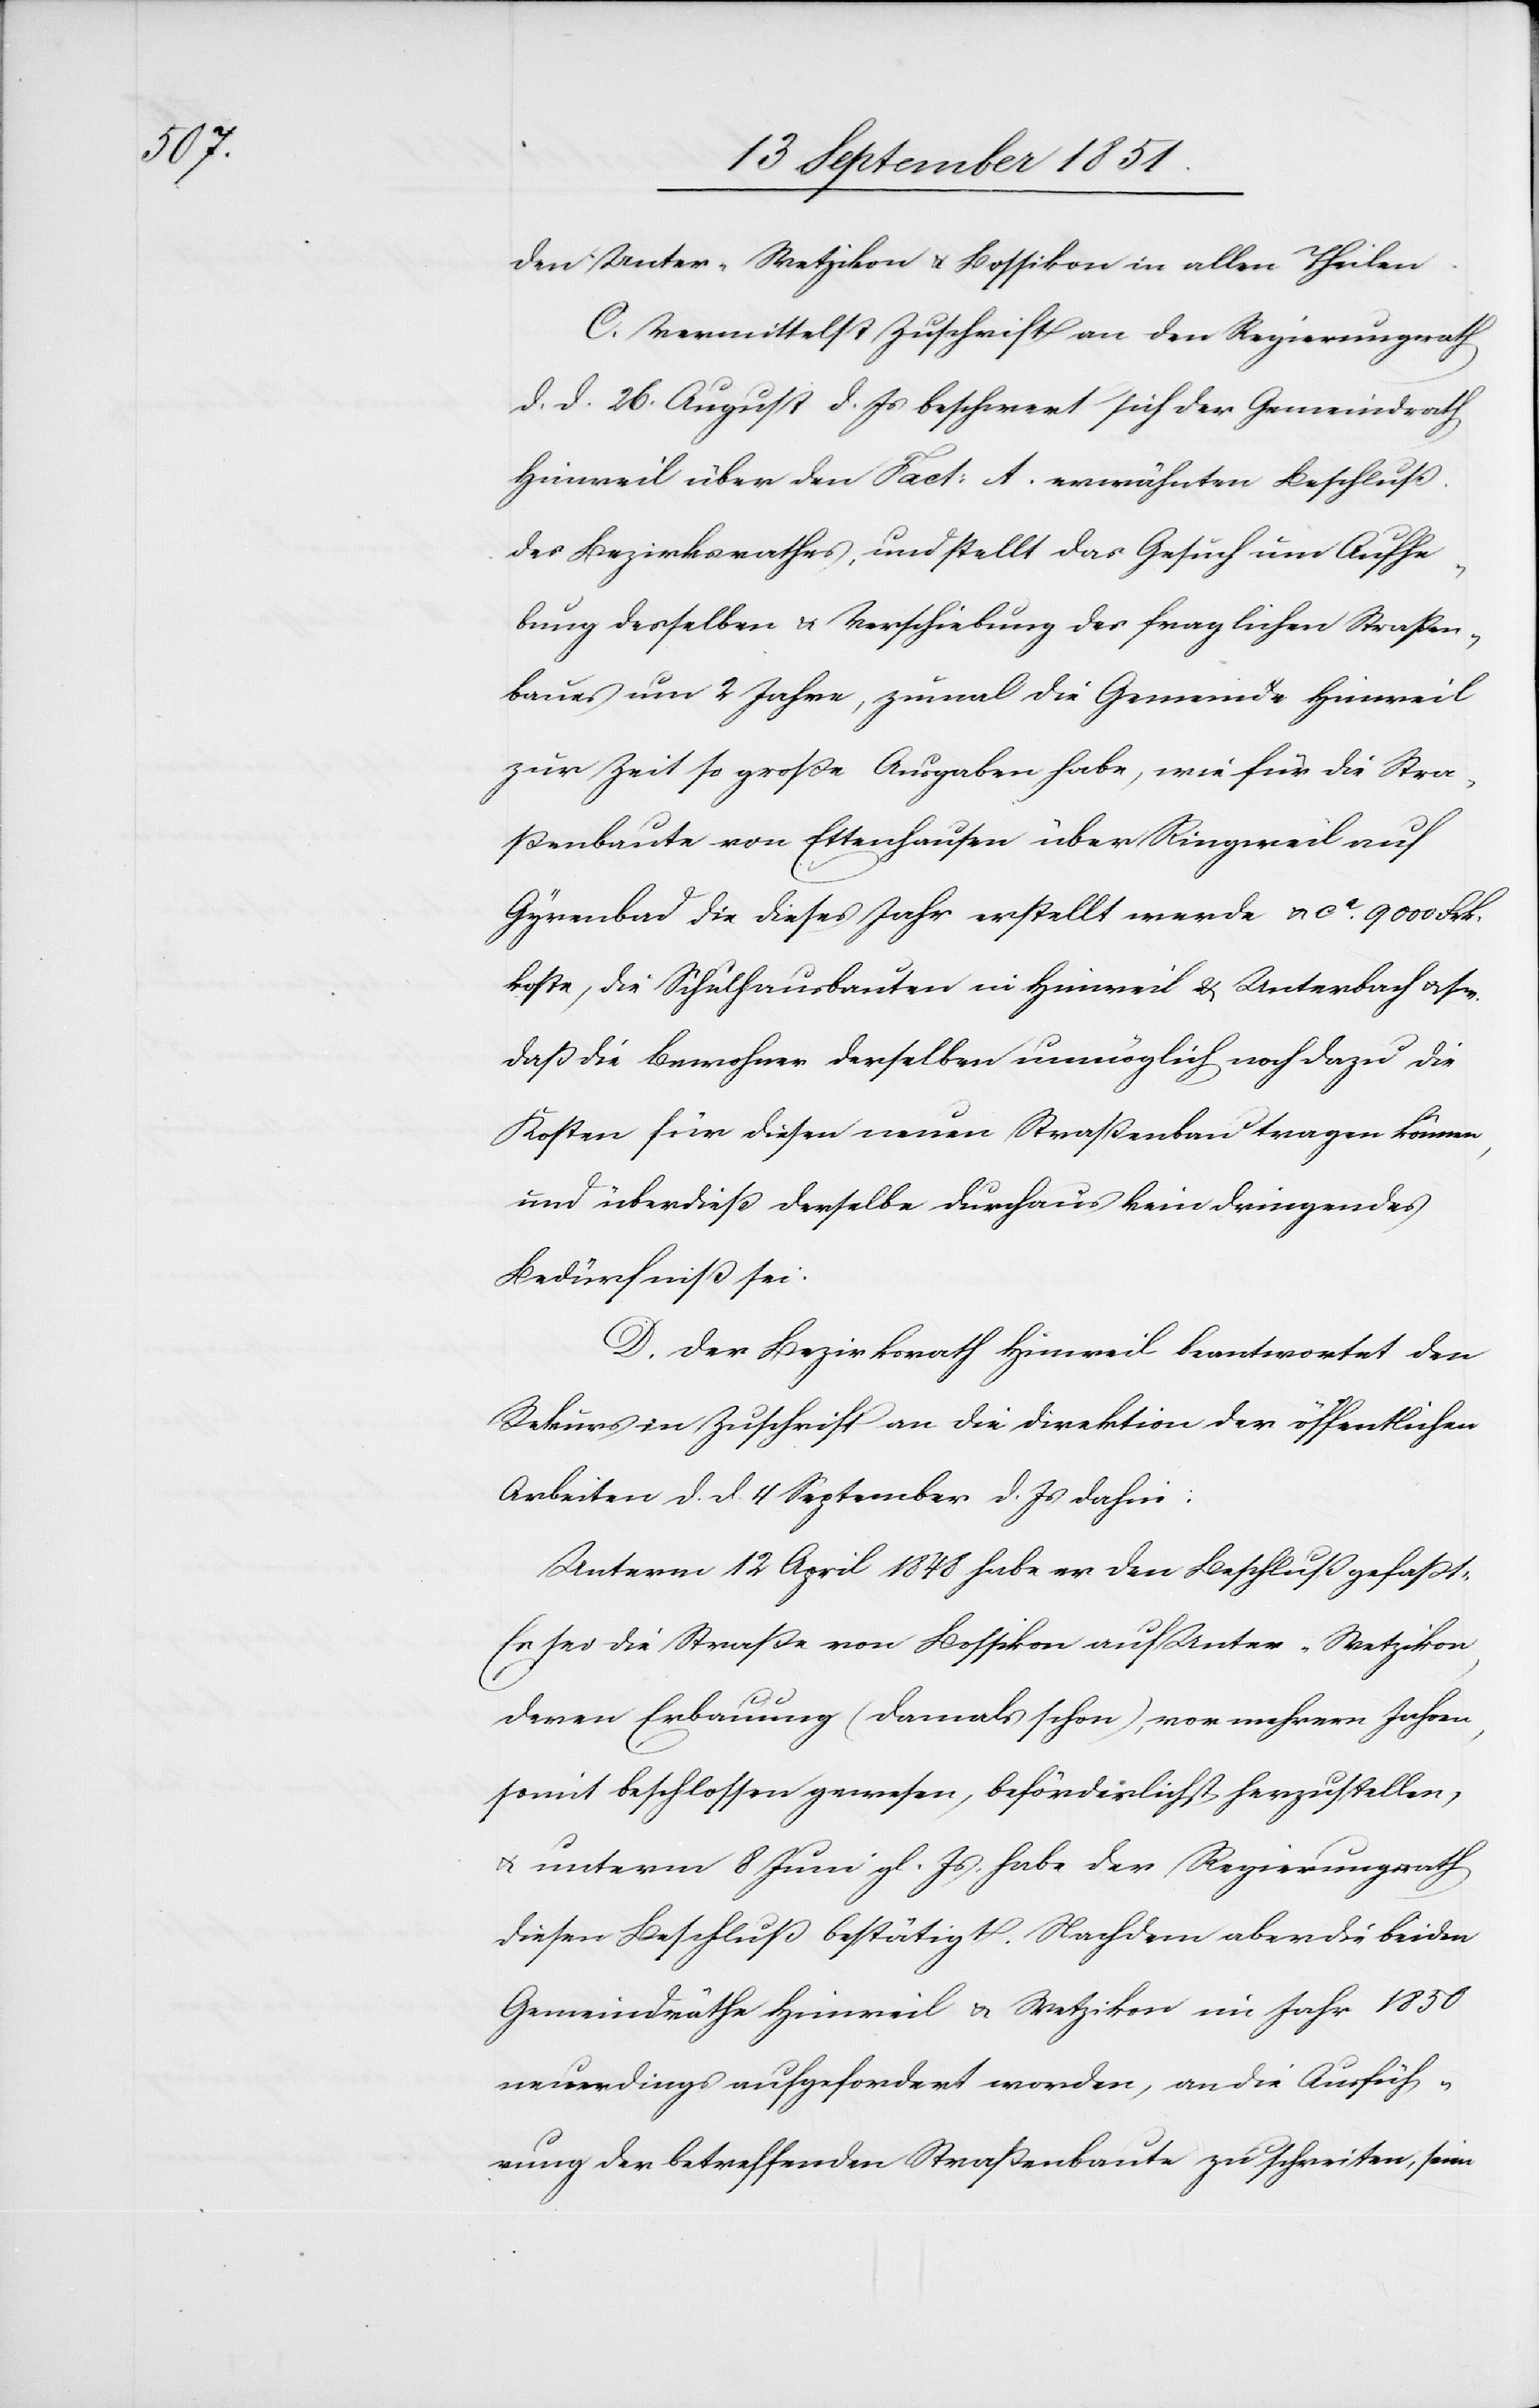
den Unter-Wetzikon & Bossikon in allen Theilen.
C. Vermittelst Zuschrift an den Regierungsrath
d. d. 26. August d. Js beschwert sich der Gemeindrath
Hinweil über den Fact: A. erwähnten Beschluß
des Bezirksrathes, und stellt das Gesuch um Aufhe¬
bung desselben & Verschiebung des fraglichen Straßen¬
baues um 2 Jahre, zumal die Gemeinde Hinweil
zur Zeit so große Ausgaben habe, wie für die Stra¬
ßenbaute von Ettenhausen über Ringweil auf
Gyrenbad die dieses Jahr erstellt werde & ca. 9000 Frk.
koste, die Schulhausbauten in Hinweil & Unterbach & s w.
daß die Bewohner derselben unmöglich noch dazu die
Kosten für diesen neuen Straßenbau tragen können,
und überdieß derselbe durchaus kein dringendes
Bedürfniß sei.
D. Der Bezirksrath Hinweil beantwortet den
Rekurs in Zuschrift an die Direktion der öffentlichen
Arbeiten d. d. 4 September d. Js dahin:
Unterm 12 April 1848 habe er den Beschluß gefaßt:
Es sei die Straße von Bossikon auf Unter-Wetzikon,
deren Erbauung (damals schon), vor mehrern Jahren,
somit beschlossen gewesen, beförderlichst herzustellen,
& unterm 8 Juni gl. Js. habe der Regierungsrath
diesen Beschluß bestätigt. Nachdem aber die beiden
Gemeindräthe Hinweil & Wetzikon im Jahr 1850
neuerdings aufgefordert worden, an die Ausfüh¬
rung der betreffenden Straßenbaute zu schreiten, seien